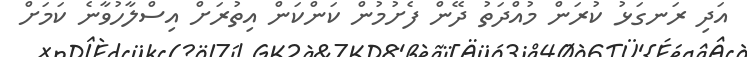
އަދި ރަނގަޅު ކުރަން މުއްދަތު ދޭން ފެށުމުން ކަންކަން އިތުރަށް އިސްލާހުވާނެ ކަމަށް